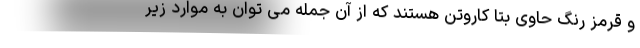
و قرمز رنگ حاوی بتا کاروتن هستند که از آن جمله می توان به موارد زیر